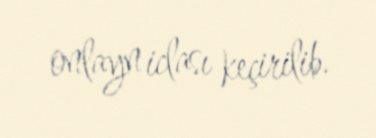
onlayn iclası keçirilib.